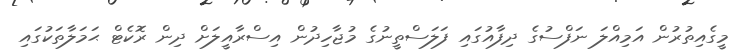
މީގެއިތުރުން އަމިއްލަ ނަފްސުގެ ދިފާއުގައި ފަލަސްތީނުގެ މުޖާހިދުން އިސްރާއީލަށް ދިން ރޮކެޓް ޙަމަލާތަކުގައި